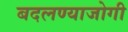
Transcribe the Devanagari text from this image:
बदलण्याजोगी